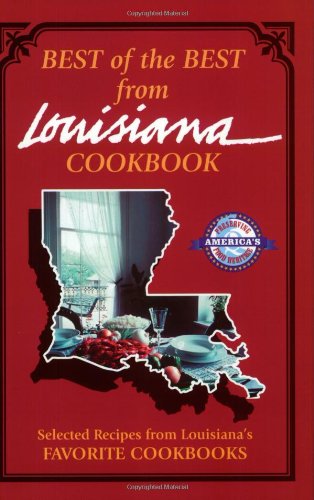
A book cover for Best of the Best from Louisiana Cookbook:  Selected Recipes from Louisiana's Favorite Cookbooks; Cookbooks, Food & Wine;